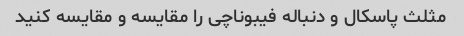
مثلث پاسکال و دنباله فیبوناچی را مقایسه و مقایسه کنید